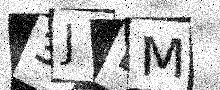
Text: 3JBM